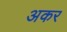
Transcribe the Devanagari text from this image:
अकर